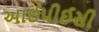
આઈપીઈસી